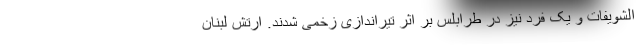
الشویفات و یک فرد نیز در طرابلس بر اثر تیراندازی زخمی شدند. ارتش لبنان